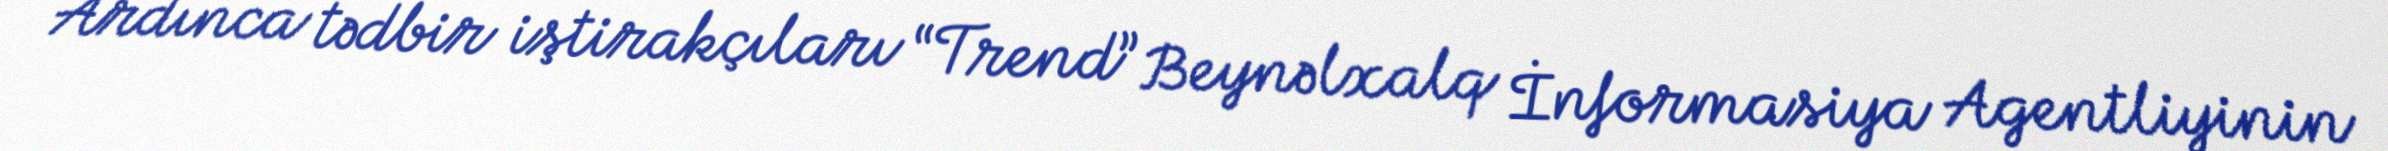
Ardınca tədbir iştirakçıları “Trend” Beynəlxalq İnformasiya Agentliyinin